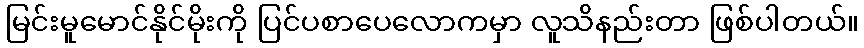
မြင်းမူမောင်နိုင်မိုးကို ပြင်ပစာပေလောကမှာ လူသိနည်းတာ ဖြစ်ပါတယ်။